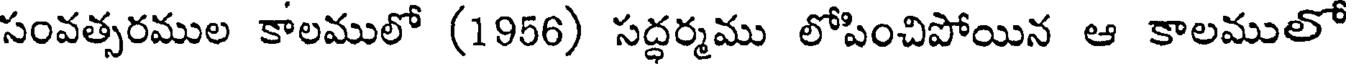
సంవత్సరముల కాలములో (1956) సద్ధర్మము లోపించిపోయిన ఆ కాలములో